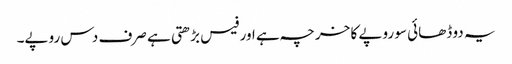
یہ دو ڈھائی سو روپے کا خرچہ ہے اور فیس بڑھتی ہے صرف دس روپے۔